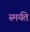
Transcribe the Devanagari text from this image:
स्मर्यते